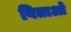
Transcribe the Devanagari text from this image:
बिताओ